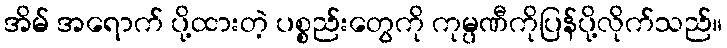
အိမ် အရောက် ပို့ထားတဲ့ ပစ္စည်းတွေကို ကုမ္ပဏီကိုပြန်ပို့လိုက်သည်။